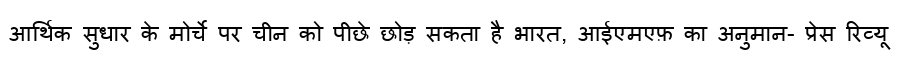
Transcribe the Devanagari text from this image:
आर्थिक सुधार के मोर्चे पर चीन को पीछे छोड़ सकता है भारत, आईएमएफ़ का अनुमान- प्रेस रिव्यू